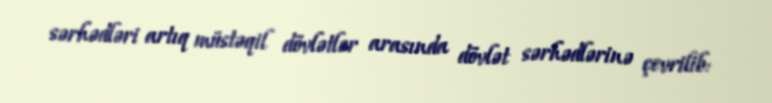
sərhədləri artıq müstəqil dövlətlər arasında dövlət sərhədlərinə çevrilib: